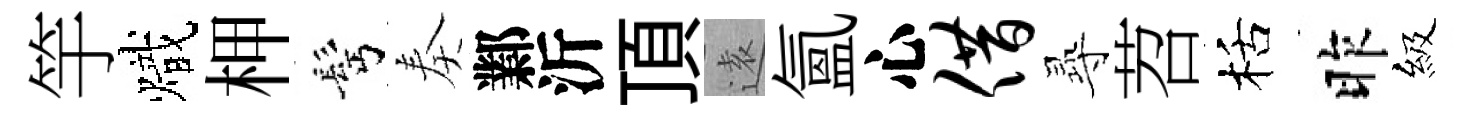
竽熾柙髩奏鄴沂頂逺氳心借𡬶苕栝昨級